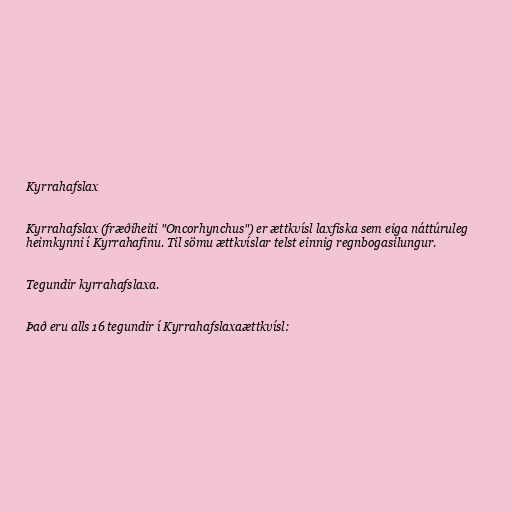
Kyrrahafslax

Kyrrahafslax (fræðiheiti "Oncorhynchus") er ættkvísl laxfiska sem eiga náttúruleg
heimkynni í Kyrrahafinu. Til sömu ættkvíslar telst einnig regnbogasilungur.

Tegundir kyrrahafslaxa.

Það eru alls 16 tegundir í Kyrrahafslaxaættkvísl: